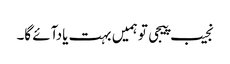
نجیب پیجی تو ہمیں بہت یادآئے گا۔